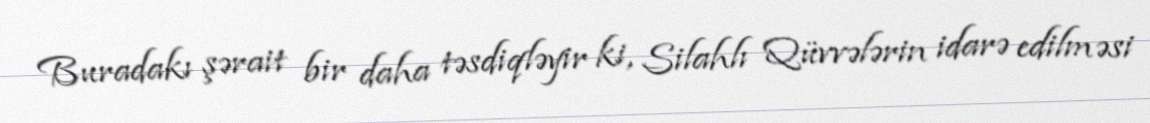
Buradakı şərait bir daha təsdiqləyir ki, Silahlı Qüvvələrin idarə edilməsi